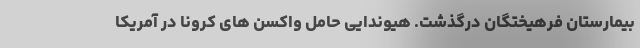
بیمارستان فرهیختگان درگذشت. هیوندایی حامل واکسن های کرونا در آمریکا